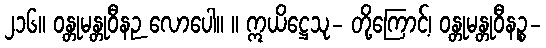
၂၁၆။ ဝန္တုမန္တုဝီနဉ လောပေါ။ ။ ဣယိဋ္ဌေသု- တို့ကြောင့်၊ ဝန္တုမန္တုဝီနဉ္စ-